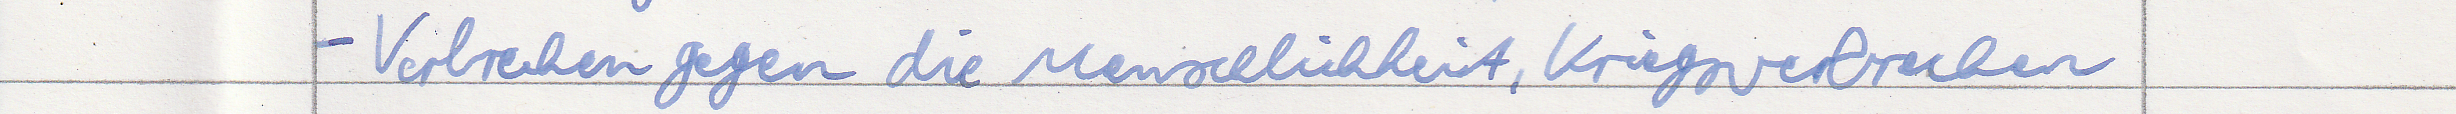
- Verbrechen gegen die Menschlichkeit, Kriegsverbrechen